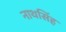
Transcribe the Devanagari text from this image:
नाथसिंह